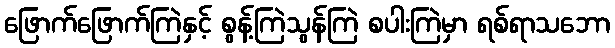
ဖြောက်ဖြောက်ကြဲနှင့် စွန့်ကြဲသွန်ကြဲ စပါးကြဲမှာ ရစ်ရာသဘော